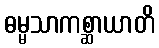
ဓမ္မသာကစ္ဆာယာတိ